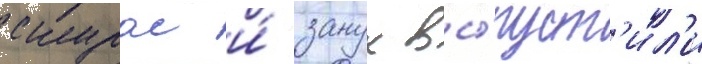
скурас и́ занук вы́пуст'ил'и